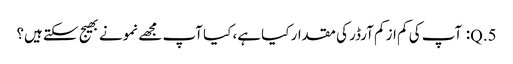
5.Q: آپ کی کم از کم آرڈر کی مقدار کیا ہے، کیا آپ مجھے نمونے بھیج سکتے ہیں؟